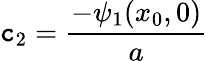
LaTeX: \mathtt{c}_{2}={\frac{{-\psi_{1}(x_{0},0)}}{{a}}}